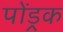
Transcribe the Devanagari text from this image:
पोंड्रक